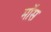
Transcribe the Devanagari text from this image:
माॅस